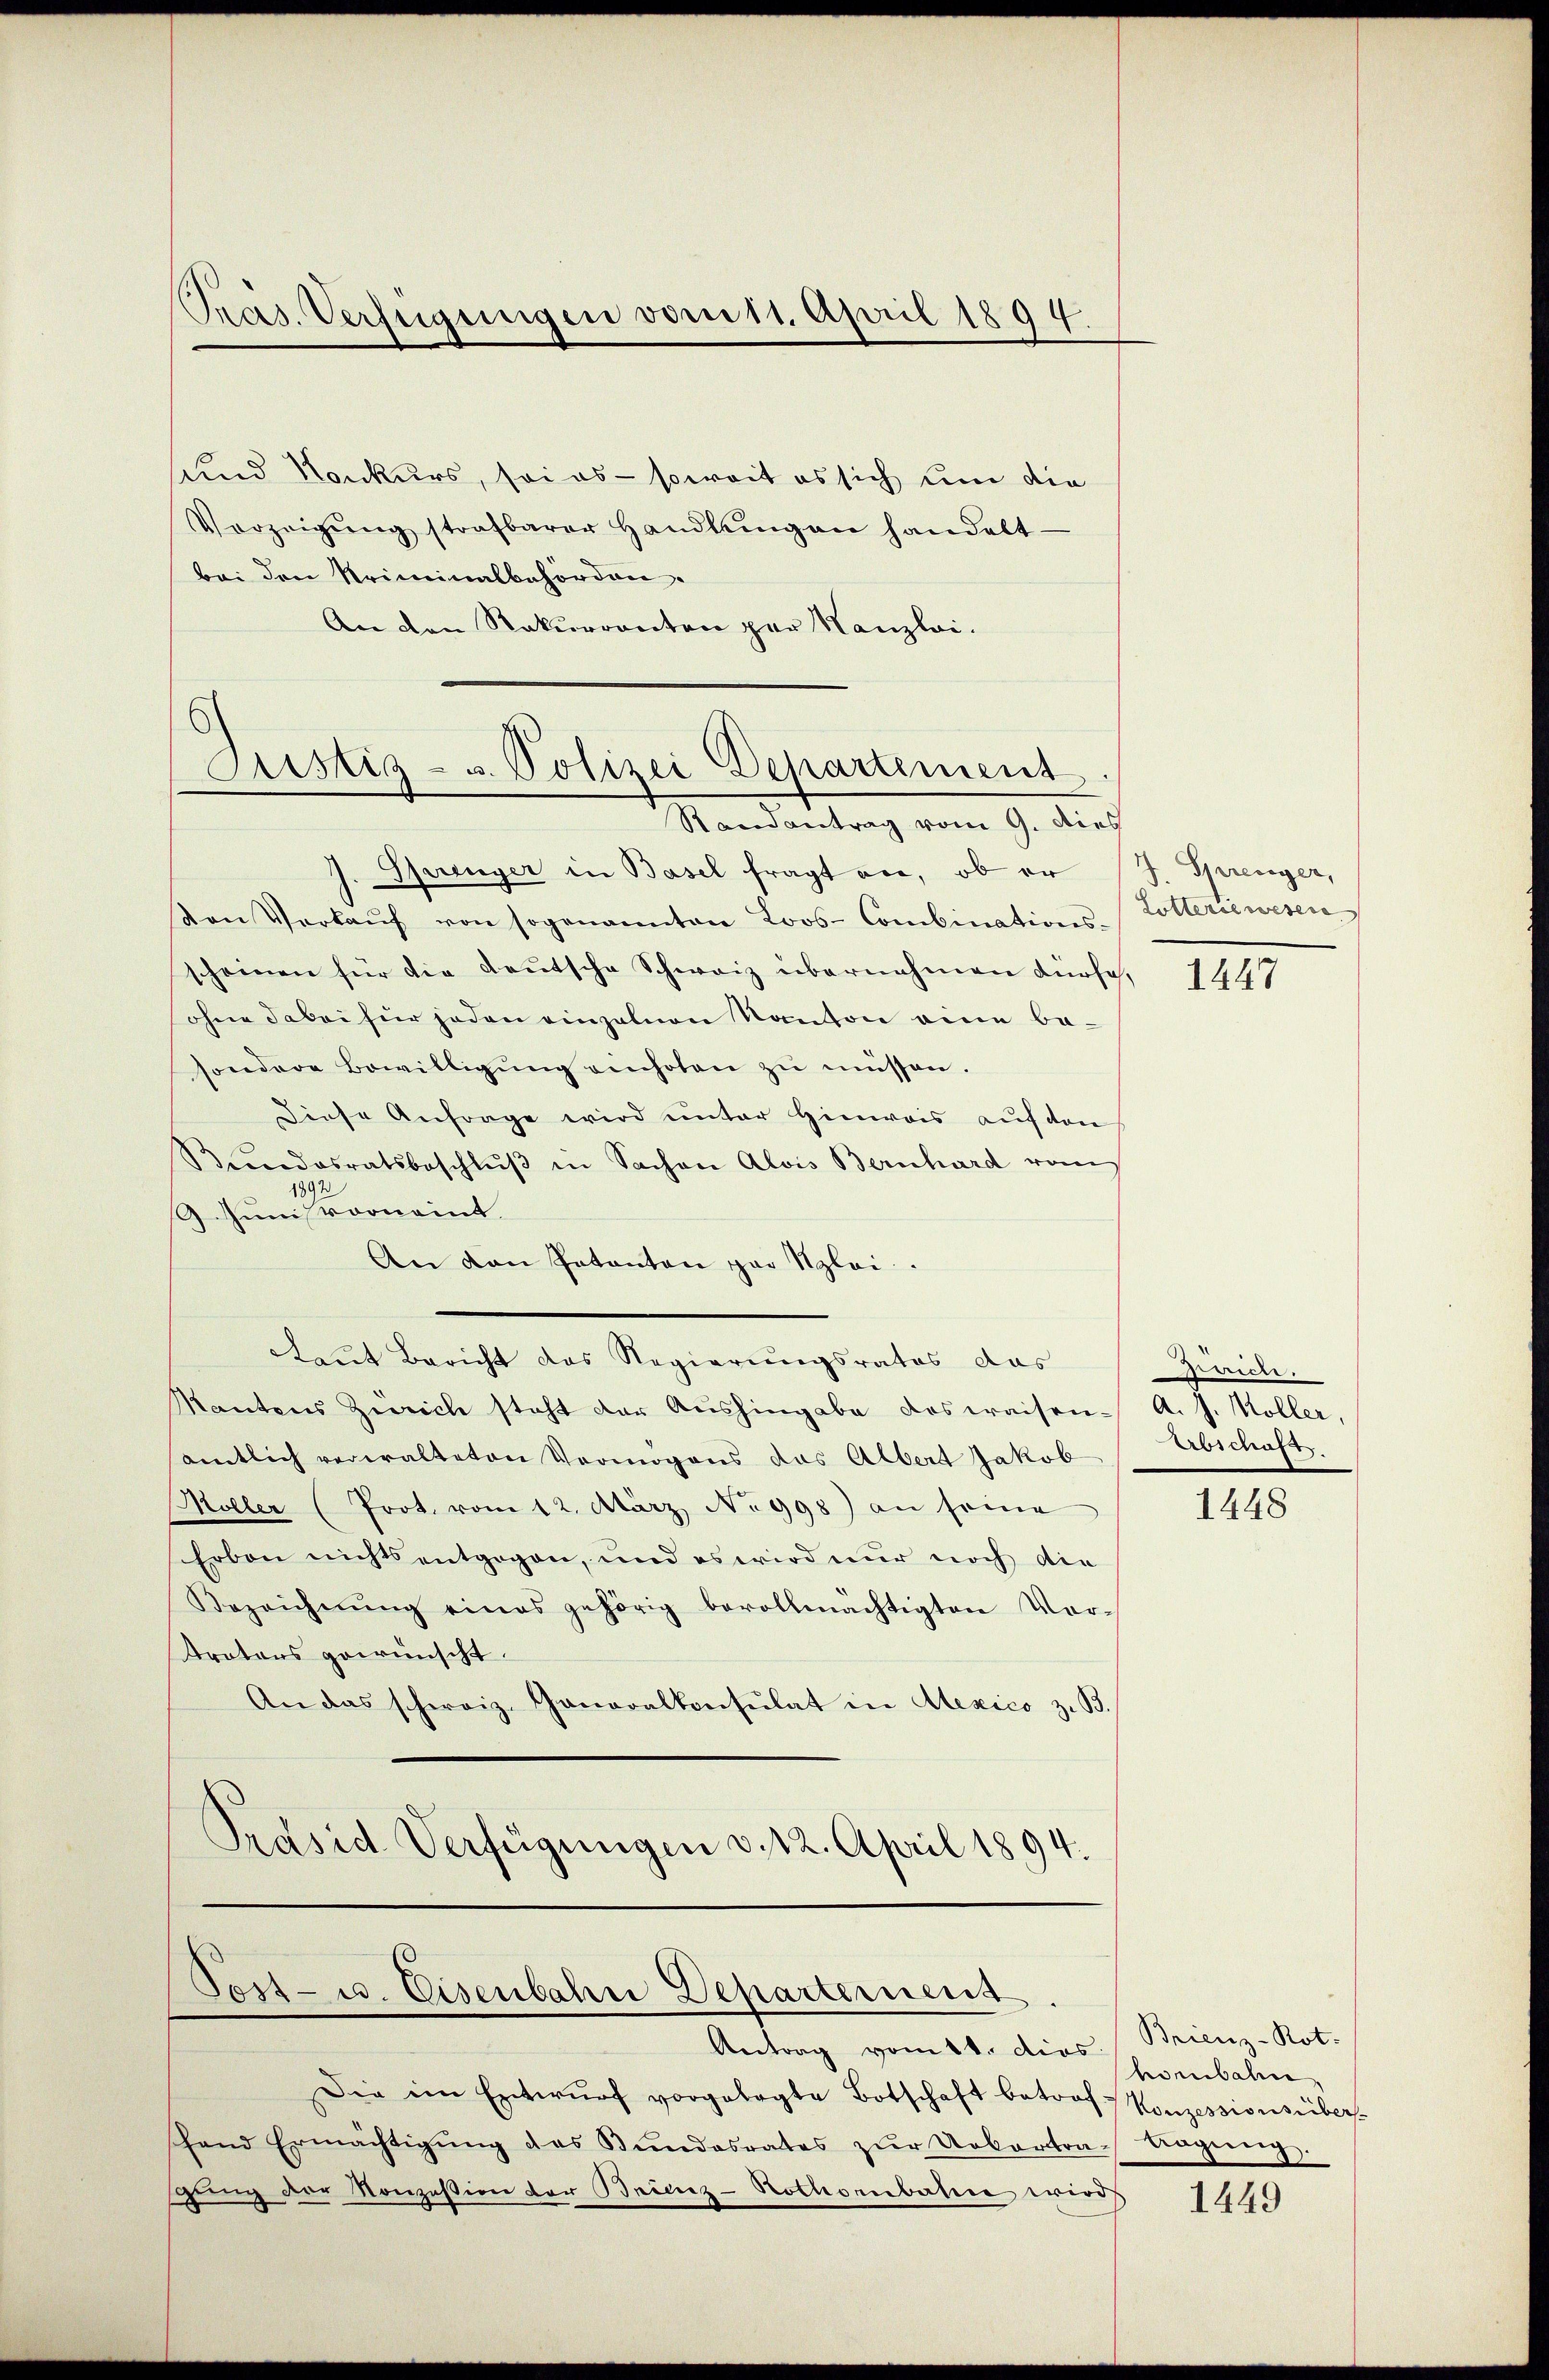
Präs. Verfügungen vom 11. April 1894.

sund Konkurs, sei es soweit es sich um die
Vorzeigŭng strafbarer Handlŭngen handelt
bei den Kriminalbehörden.
An den Rekurrenten per Kanzlei.

Aristiz- u. Polizei Departement
Randantrag vom 9. dies

Sferenger in Basel fragt an, ob er J. Sprenger,
von Verkaŭf von sogenannten Loos- Combinations-
scheinen für die deutsche Schweiz übernehmen dürfe,
ohne dabei für jeden einzelnen Kanton eine besondere Bewilligŭng einholen zŭ müssen.
Diese Anfrage wird unter Hinweis auf von
Bundesratsbeschlŭβ in Sachen Alois Bernhard von
1892
Junisvoonamt.
An den Patenten par Klei
Laut Bericht das Regierungsrates das
Kantons Zürich steht der Aŭshingabe das waisen- A. J. Koller,
samtlich verwalteten Vermögens das Albert Jakob
Möller (Prot. vom 12. März No 998) an seine
Erben nichts entgegen, und es wird nur noch die
Bezeichnŭng eines gehörig bevollmächtigten Vor-
traters gewünscht.
An das schweiz. Generalkonsulat in Alexico z. B.
Präsid. Verfügungen v. 12. April 1894.

Post- u. Eisenbahn Departement

Antrag vom 14. dies. Brienz-Kot.

Die im Entwŭrf vorgelegte Botschaft betrof - Konzessionsüber-
shand Ermächtigŭng des Bŭndesrates zŭr Uebertra-Augŭng.
gung der Konzession der Brienz-Hothornbahre wird

Lotteriewesen

1447

rich.
Abschaft

1448

henbahn.

1449